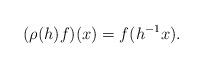
LaTeX: \begin{align*}(\rho(h)f)(x) = f(h^{-1}x).\end{align*}